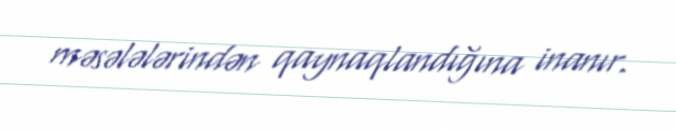
məsələlərindən qaynaqlandığına inanır.